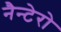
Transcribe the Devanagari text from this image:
नैन्टेरो